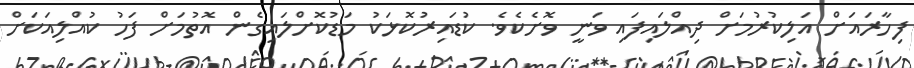
ފިހާރައަށް އަލިކުރުމަށް ދިއްލައިފައި ވަނީ ވޮށެކެވެ. ކުޑައިރުކޮޅަކު މަޑުކޮށްލައިގެން އޮތުމަށް ފަހު ކުއްލިއަކަށް